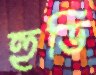
হুডি